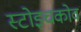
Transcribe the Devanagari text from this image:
स्टोइचकोव